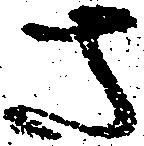
さ